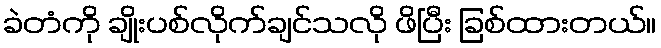
ခဲတံကို ချိုးပစ်လိုက်ချင်သလို ဖိပြီး ခြစ်ထားတယ်။